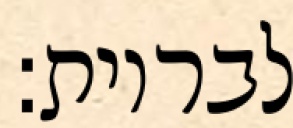
לבריות: